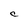
Character: C